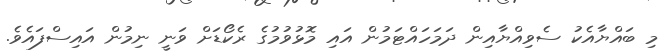
މި ބައްޔާއެކު ސެވިއްޔާއިން ދަމަހައްޓަމުން އައި މޮޅުވުމުގެ ރެކޯޑަށް ވަނީ ނިމުން އައިސްފައެވެ.